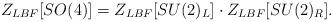
LaTeX: \begin{align*}Z_{LBF}[SO(4)] = Z_{LBF}[SU(2)_L] \cdot Z_{LBF}[SU(2)_R]. \end{align*}